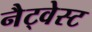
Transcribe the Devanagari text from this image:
नैट्वेस्ट